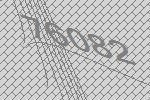
76082